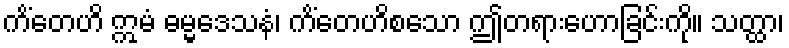
ကိံတေဟိ ဣမံ ဓမ္မဒေသနံ၊ ကိံတေဟိစသော ဤတရားဟောခြင်းကို။ သတ္ထာ၊